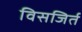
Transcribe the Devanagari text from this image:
विसजिर्त